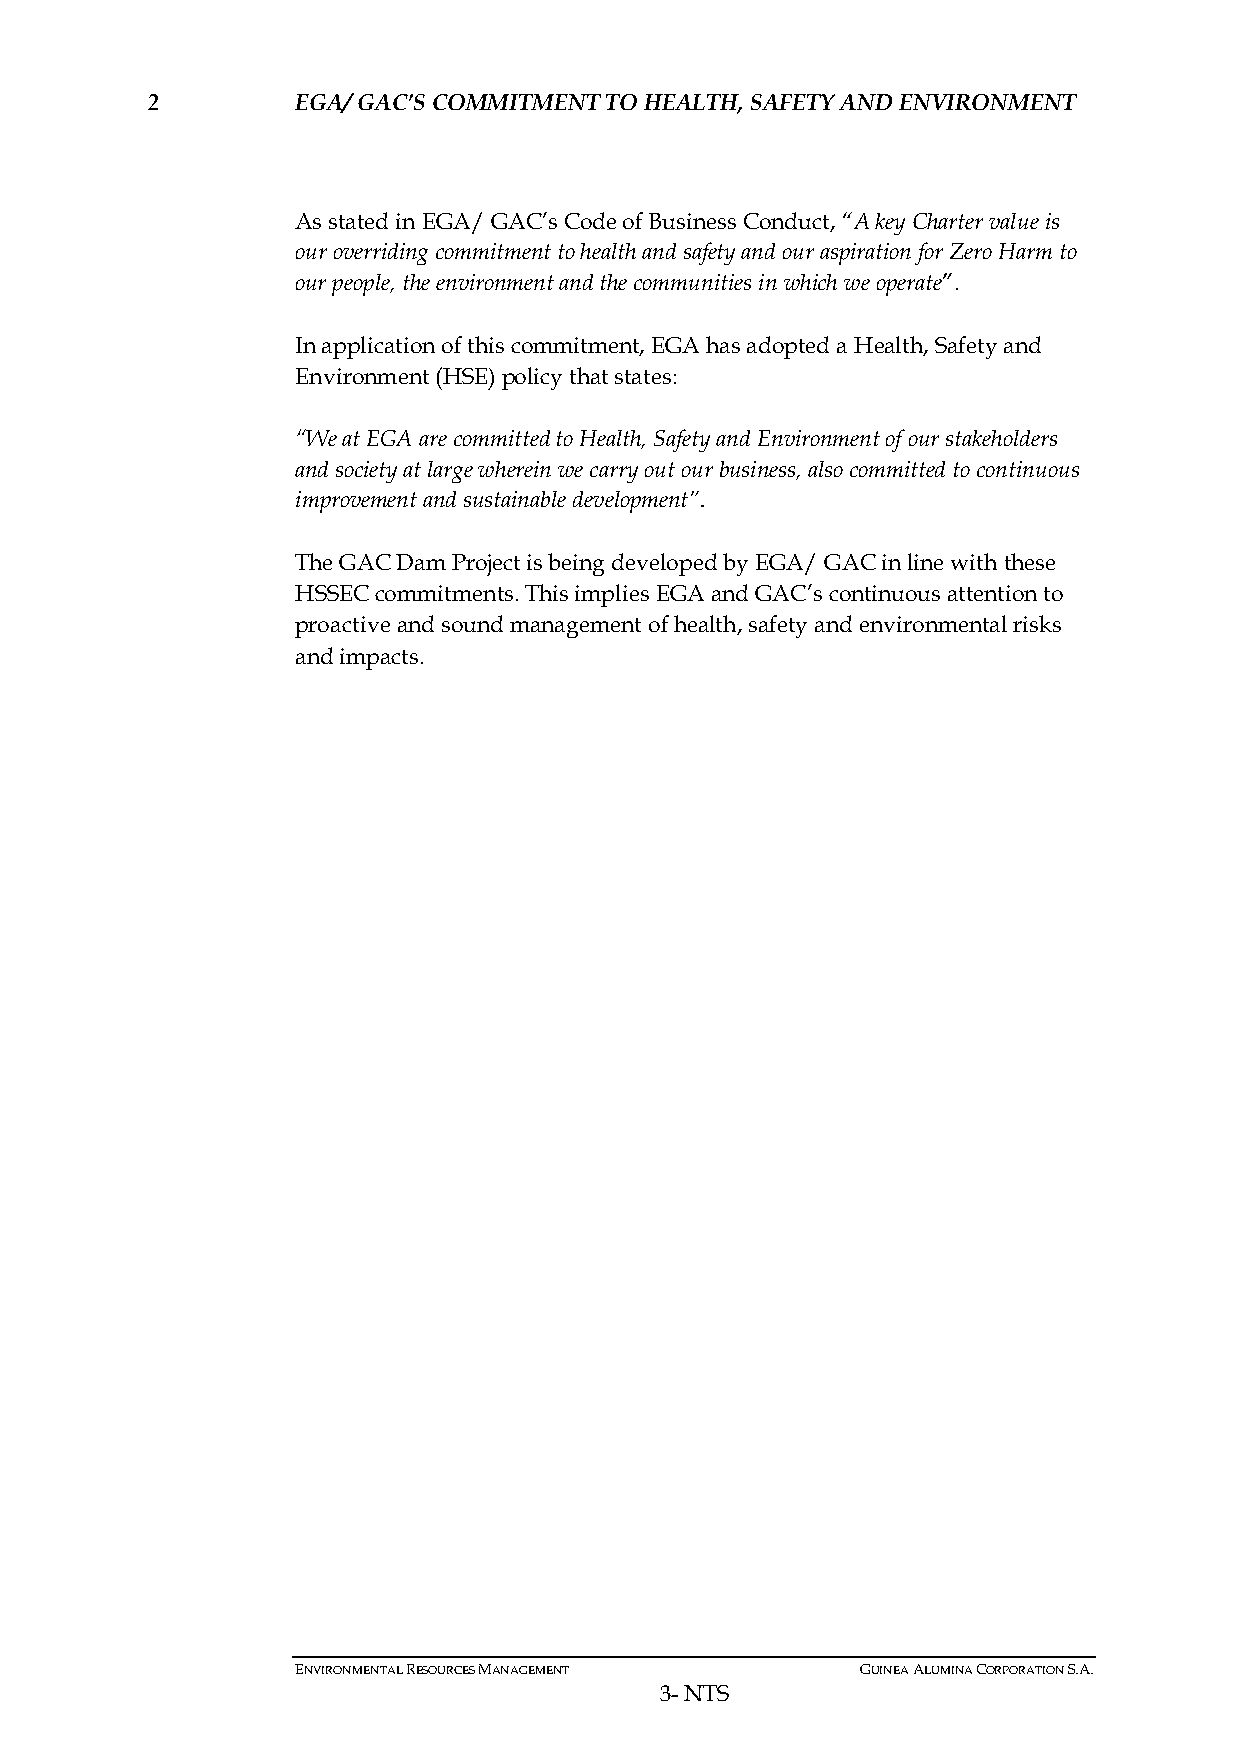
2         EGA/ GAC’S COMMITMENT TO HEALTH, SAFETY AND ENVIRONMENT
 As stated in EGA/ GAC’s Code of Business Conduct, “A key Charter value is
 our overriding commitment to health and safety and our aspiration for Zero Harm to
 our people, the environment and the communities in which we operate”.
 In application of this commitment, EGA has adopted a Health, Safety and
 Environment (HSE) policy that states:
 “We at EGA are committed to Health, Safety and Environment of our stakeholders
 and society at large wherein we carry out our business, also committed to continuous
 improvement and sustainable development”.
 The GAC Dam Project is being developed by EGA/ GAC in line with these
 HSSEC commitments. This implies EGA and GAC’s continuous attention to
 proactive and sound management of health, safety and environmental risks
 and impacts.
 ENVIRONMENTAL RESOURCES MANAGEMENT   GUINEA ALUMINA CORPORATION S.A.
 3- NTS